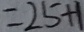
= 2 5 + 1